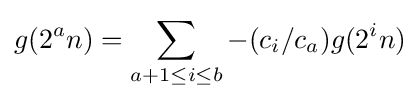
g(2^{a}n)=\sum _{a+1\leq i\leq b}-(c_{i}/c_{a})g(2^{i}n)